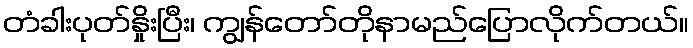
တံခါးပုတ်နှိုးပြီး၊ ကျွန်တော်တိုနာမည်ပြောလိုက်တယ်။